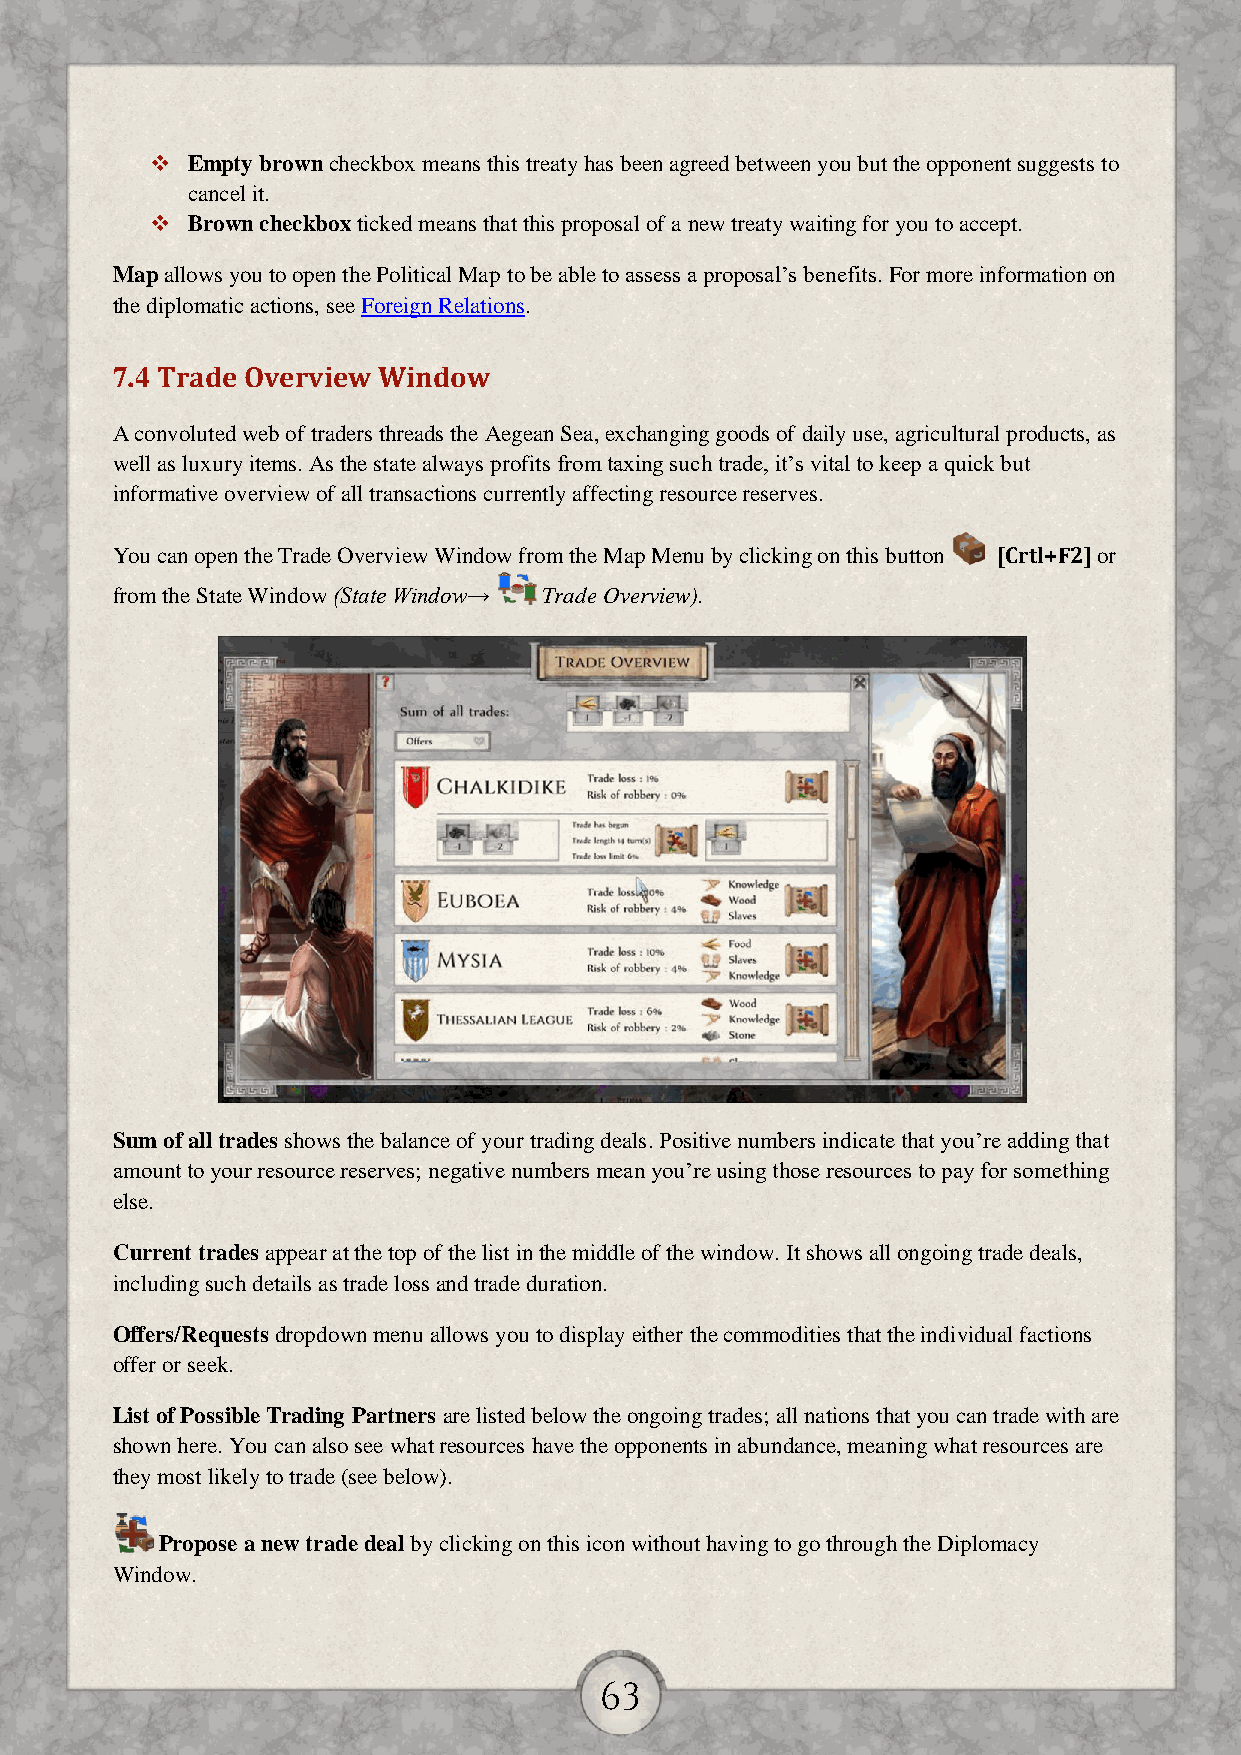
 Empty brown checkbox means this treaty has been agreed between you but the opponent suggests to
 cancel it.
  Brown checkbox ticked means that this proposal of a new treaty waiting for you to accept.
 Map allows you to open the Political Map to be able to assess a proposal’s benefits. For more information on
 the diplomatic actions, see Foreign Relations.
 7.4 Trade Overview Window
 A convoluted web of traders threads the Aegean Sea, exchanging goods of daily use, agricultural products, as
 well as luxury items. As the state always profits from taxing such trade, it’s vital to keep a quick but
 informative overview of all transactions currently affecting resource reserves.
 You can open the Trade Overview Window from the Map Menu by clicking on this button [Crtl+F2] or
 from the State Window (State Window→ Trade Overview).
 Sum of all trades shows the balance of your trading deals. Positive numbers indicate that you’re adding that
 amount to your resource reserves; negative numbers mean you’re using those resources to pay for something
 else.
 Current trades appear at the top of the list in the middle of the window. It shows all ongoing trade deals,
 including such details as trade loss and trade duration.
 Offers/Requests dropdown menu allows you to display either the commodities that the individual factions
 offer or seek.
 List of Possible Trading Partners are listed below the ongoing trades; all nations that you can trade with are
 shown here. You can also see what resources have the opponents in abundance, meaning what resources are
 they most likely to trade (see below).
 Propose a new trade deal by clicking on this icon without having to go through the Diplomacy
 Window.
 63